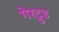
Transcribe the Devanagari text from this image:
गेरट्रुड